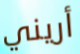
أريني